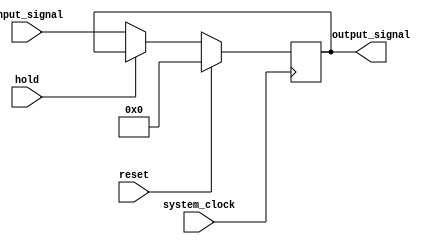
module hold_register (
                input system_clock,
                input reset,
                input hold,
                input wire [N-1:0] input_signal,
                output reg [N-1:0] output_signal
            );

            parameter N = 32;

            always @(posedge system_clock)
            begin
                if (reset)
                    output_signal <= {N{1'b0}};
                else if (hold)
                    output_signal <= output_signal;
                else
                    output_signal <= input_signal;
            end
        endmodule